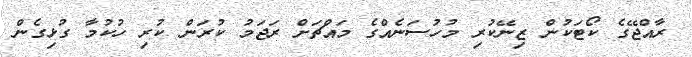
ރާއްޖޭގެ ކޯޓަކުން ޒިނޭކުރި މުހުސަނެއްގެ މައްޗަށް ރަޖަމު ކުރަން ކުރި ހުކުމާ ގުޅިގެން